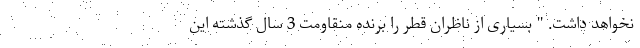
نخواهد داشت. " بسیاری از ناظران قطر را برنده منقاومت 3 سال گذشته این